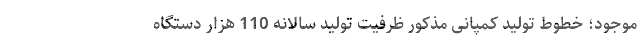
موجود؛ خطوط تولید کمپانی مذکور ظرفیت تولید سالانه 110 هزار دستگاه